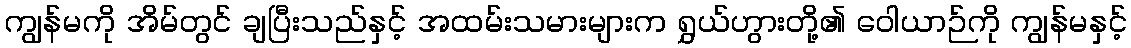
ကျွန်မကို အိမ်တွင် ချပြီးသည်နှင့် အထမ်းသမားများက ရွှယ်ဟွားတို့၏ ဝေါယာဉ်ကို ကျွန်မနှင့်